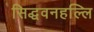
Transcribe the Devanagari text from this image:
सिद्धवनहल्लि